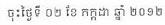
ចុះថ្ងៃទី ០២ ខែ កក្កដា ឆ្នាំ ២០១២